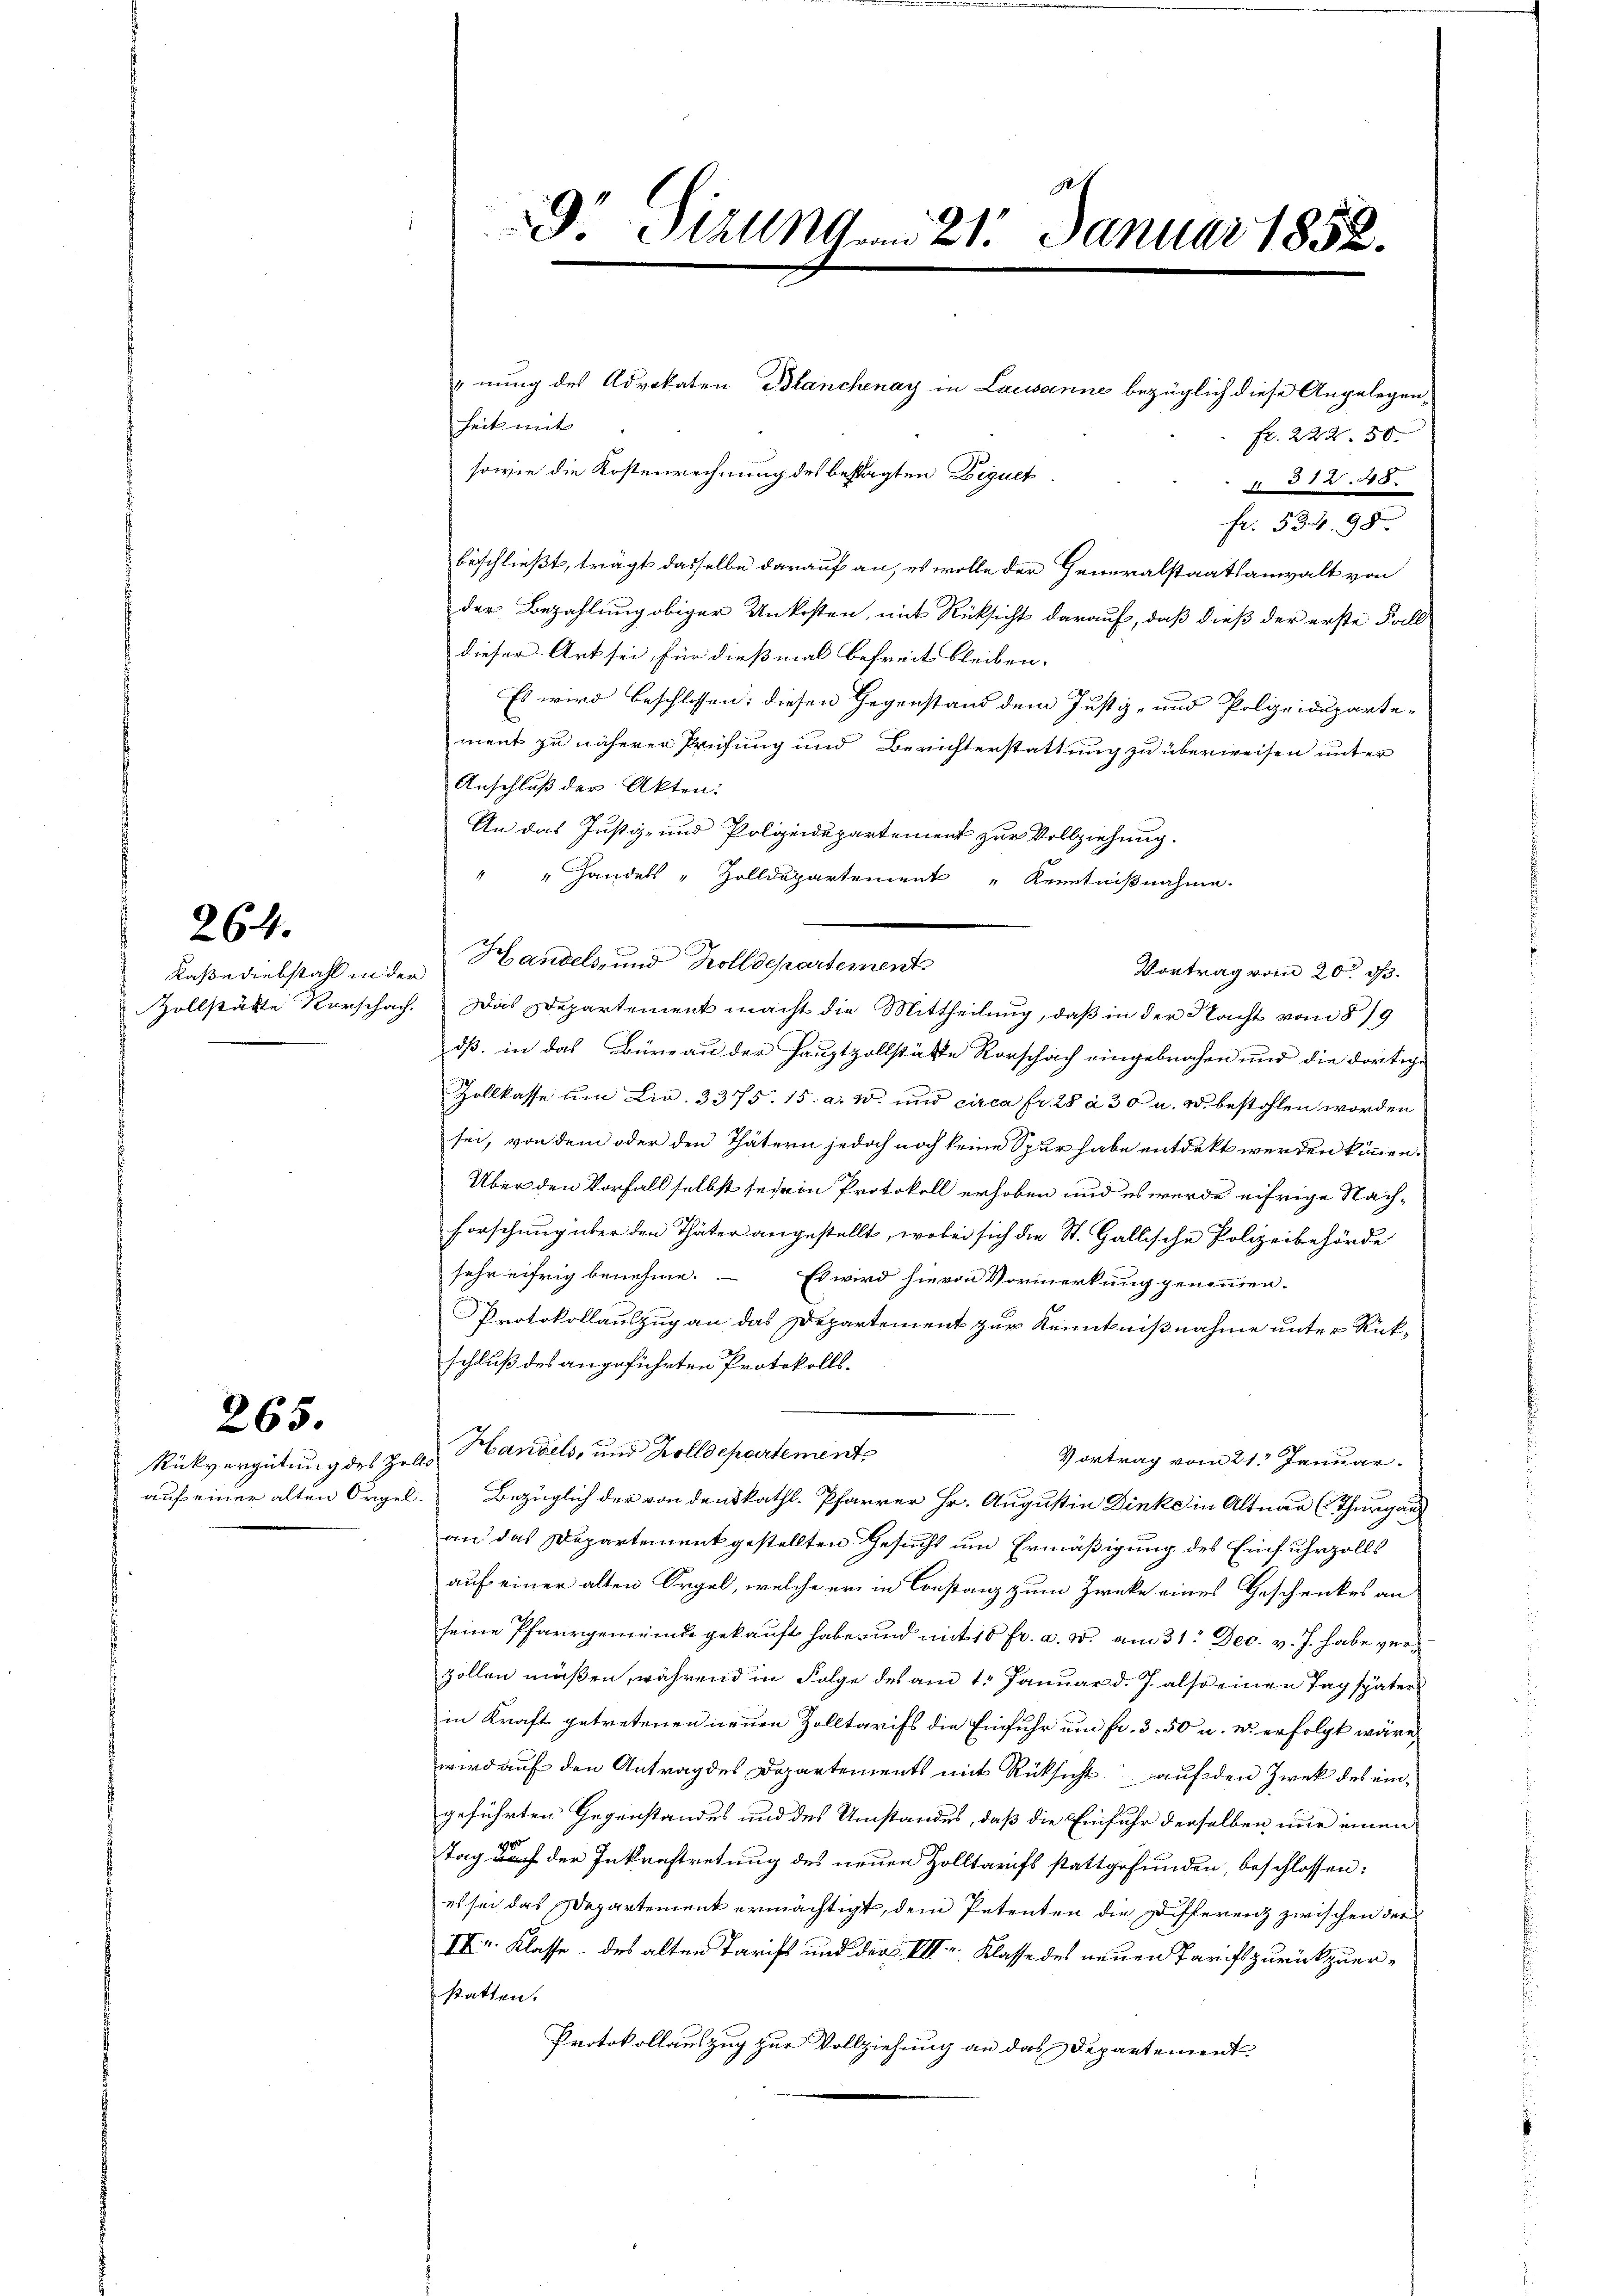
264.

265.

2
8. Jezungen 21. Januar 1852.

nung des Advokaten Blanchenay in Lausanne bezüglich diese Angelegenheits mit
Fr. 222. 50.
sowie die Kostenrechnung des bestagten Diquet
 81245.
fr. 534. 98.
beschließt, trägt dasselbe darauf an, es wolle der Generalstaatsanwalt von
der Bezahlung obiger Unkosten, mit Rücksicht darauf, daß dieß der erste Fall
dieser Art sei, für dießmal befreit bleiben.
Es wird beschlossen: diesen Gegenstand dem Justiz- und Polizeideparte-
ment zu näherer Prüfung und Berichterstattung zu überweisen unter
Anschluß der Akten:
An das Justiz- und Polizeidepartement zur Vollziehung.
" " Handels-Zolldepartement Kenntnißnahme.
Kaße diebstahl in der Handels- und Zolldepartement
Vortrag vom 20. d.
Zollstädte Vorschach. Das Departement macht die Mittheilung, daß in der Nacht vom 8/9
dß, in das Büreau der Hauptzollstätte Vorschach eingebrochen und die dortige
Zollkasse um Lin. 3375. 15. a. W. und circa Fr. 28 a 30 u. W. bestohlen worden
sei, von dem oder den Thätern jedoch noch keine Spur habe entdekt werden können.
Über den Vorfall selbst seie in Protokoll erhoben und es werde eifrige Nach¬
Forschung über den Thäter angestellt, wobei sich die St. Gallische Polizeibehörde
sehr eifrig benehme.  Es wird sie von Vormerkung genommen.
Protokollauszug an das Departement zur Kenntnißnahme unter Rückschluß des angeführten Protokolls¬
Rükvergütung des Zelle Handels, und Zolldepartement,
Vortrag vom 21. Januar
auf einer alten Orgel. Bezüglich der von dens kathl. Pfarrer Hr. Augustin Dinke in Altnau (Thurgau
an das Departement gestellten Gesucht um Ermäßigung des Einfuhrzolls
auf einer alten Orgel, welche er in Constanz zum Zwecke eines Geschenkes an
seine Pfarrgemeinde gekauft habe und mit 10 fr. a. W. am 31. Dec. v. J. habe verzollen müßen, während in Folge des am 1. Januar d. J. also einen Tag später
in Kraft getretenen neuen Zolltarifs die Einfuhr um Fr. 3. 50 u. es erfolgt wäre,
wird auf den Antrag des Departements mit Rücksicht auf den Zwek des eingeführten Gegenstandes und des Umstandes, daß die Einfuhr derselben nur einen
Tag durch der Inkraftretung des neuen Zolltarifs stattgefunden, beschlossen:
es sei das Departement ermächtigt, dem Petenten die Differenz zwischen der
IXr. Klasse des alten Tarifs und der VII. Klasse des neuen Tarift zurückzuerstatten.
Protokollauszug zur Vollziehung an das Departement